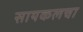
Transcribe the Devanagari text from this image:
सायकलचा